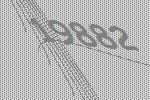
19882